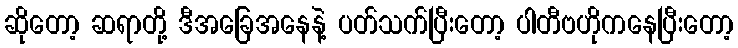
ဆိုတော့ ဆရာတို့ ဒီအခြေအနေနဲ့ ပတ်သက်ပြီးတော့ ပါတီဗဟိုကနေပြီးတော့